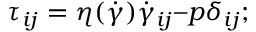
\tau _ { i j } = \eta ( \dot { \gamma } ) \dot { \gamma } _ { i j } – p \delta _ { i j } ;